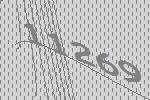
11269